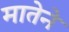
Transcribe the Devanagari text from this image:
मातेने